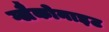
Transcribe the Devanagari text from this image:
ग्लैकोनाइट